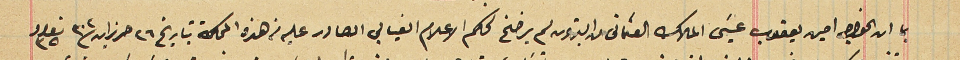
بما ان الخواجه امين يعقوب عيسَى الملاك العثمانى من البترون لم يرضخ لحكم الاعلام الغيابي الصادر عليه من هذه المحكمة بتاريخ ٢٦ حزيزان ٣٠٢ نومرو ٣٥